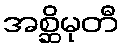
အစ္ဆိမုတီ